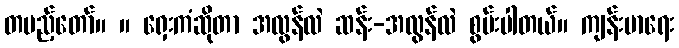
တပည့်တော်။ ။ ရှေးကံဆိုတာ အလွန်လဲ ဆန်း-အလွန်လဲ စွမ်းပါတယ်။ ကျန်းမာရေး